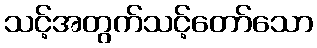
သင့်အတွက်သင့်တော်သော